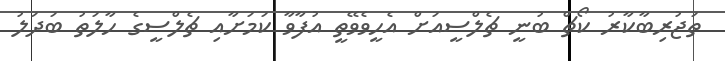
ތަޖުރިބާކާރު ކޯޗް ބުނީ ޗެލްސީއަށް އެހީވެވޭތީ އުފާވާ ކަމަށާއި ޗެލްސީގެ ހާލަތު ބަދަލު